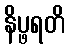
နိပ္ဖရတိ